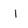
Character: I